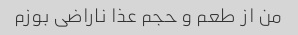
من از طعم و حجم عذا ناراضی بوزم